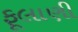
ફૂલાણી